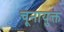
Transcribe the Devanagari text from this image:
चूनायुक्त